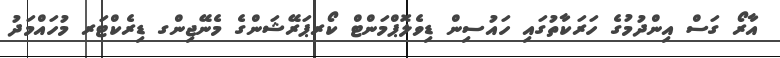
އާރޯ ގަސް އިންދުމުގެ ހަރަކާތުގައި ހައުސިން ޑިވެލޮޕްމަންޓް ކޯރޕަރޭޝަންގެ މެނޭޖިންގ ޑިރެކްޓަރ މުހައްމަދު